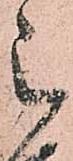
被